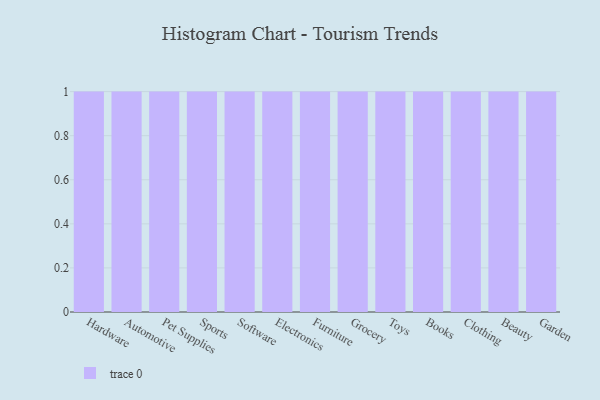
{"axis": {"x": "Category", "y": "Tickets Resolved"}, "legend": [""], "data": [{"x": "Hardware", "y": 59, "type": ""}, {"x": "Automotive", "y": 72, "type": ""}, {"x": "Pet Supplies", "y": 15, "type": ""}, {"x": "Sports", "y": 99, "type": ""}, {"x": "Software", "y": 73, "type": ""}, {"x": "Electronics", "y": 73, "type": ""}, {"x": "Furniture", "y": 74, "type": ""}, {"x": "Grocery", "y": 43, "type": ""}, {"x": "Toys", "y": 24, "type": ""}, {"x": "Books", "y": 95, "type": ""}, {"x": "Clothing", "y": 7, "type": ""}, {"x": "Beauty", "y": 47, "type": ""}, {"x": "Garden", "y": 27, "type": ""}]}